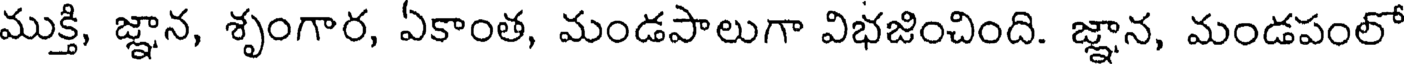
ముక్తి, జ్ఞాన, శృంగార, ఏకాంత, మండపాలుగా విభజించింది. జ్ఞాన, మండపంలో